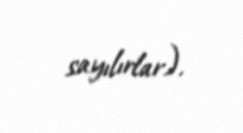
sayılırlar).